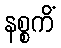
နစ္စကိံ